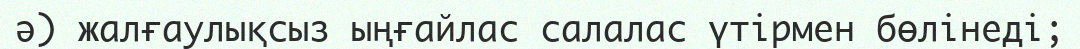
ә) жалғаулықсыз ыңғайлас салалас үтірмен бөлінеді;